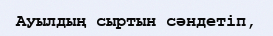
Ауылдың сыртын сәндетіп,